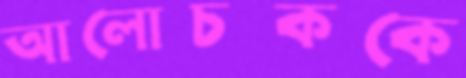
আলোচককে